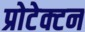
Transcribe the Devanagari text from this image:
प्रोटेक्टन